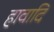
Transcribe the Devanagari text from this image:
हावादि